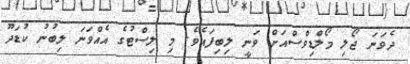
ދެވަނަ ޖޯލި މޯލްޑިވްސްއަށް ވަނީ ލިބިފައެވެ. މި ލިސްޓުގެ އެއްވަނަ ލިބުނު ކުޑަދޫ